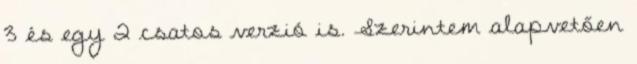
3 és egy 2 csatos verzió is. Szerintem alapvetően